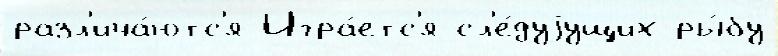
разл'ича́ютс'я Игра́етс'я сл'е́дуjущих ры́бу